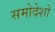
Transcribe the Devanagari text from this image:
समोदेशो